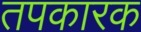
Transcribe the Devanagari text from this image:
तपकारक